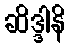
ဆိဒ္ဒါနိ